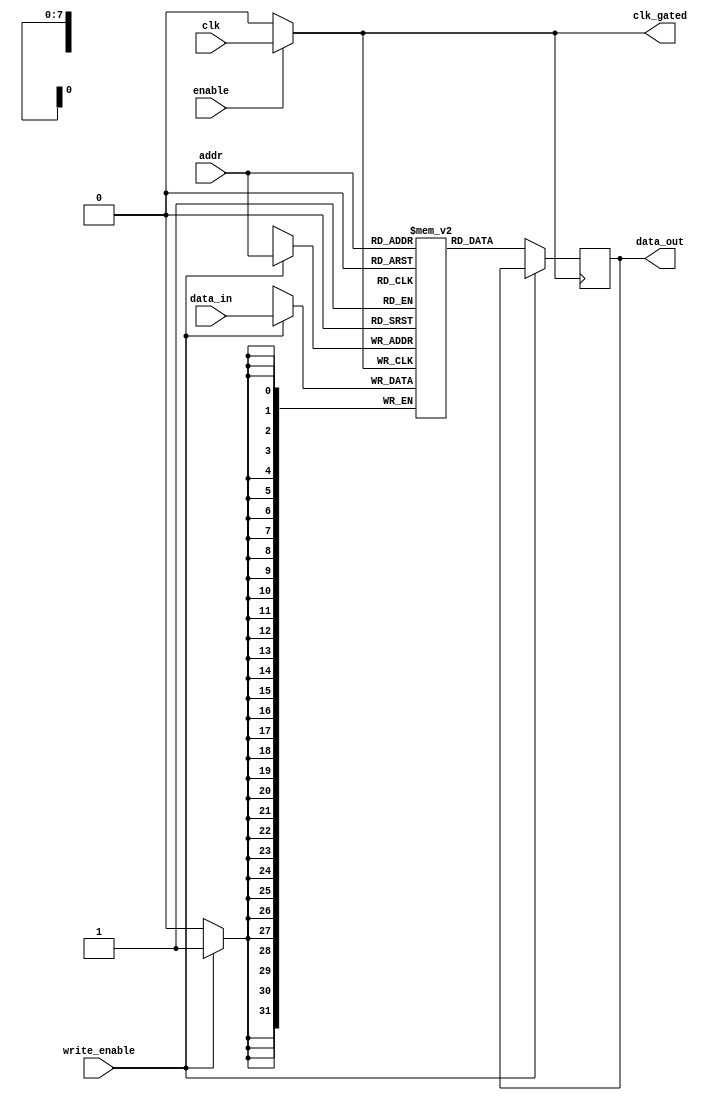
module MemoryBlock #(
    parameter ADDR_WIDTH = 8,  // Address width
    parameter DATA_WIDTH = 32,  // Data width
    parameter MEM_SIZE = 256     // Memory size (2^ADDR_WIDTH)
)(
    input wire clk,               // System clock
    input wire enable,            // Enable signal for memory block
    input wire [ADDR_WIDTH-1:0] addr, // Address for read/write
    input wire [DATA_WIDTH-1:0] data_in, // Data input for write
    input wire write_enable,      // Write enable signal
    output reg [DATA_WIDTH-1:0] data_out, // Data output for read
    output reg clk_gated          // Gated clock output
);

    // Memory array declaration
    reg [DATA_WIDTH-1:0] memory [0:MEM_SIZE-1];

    // Clock gating logic
    always @(*) begin
        if (enable) begin
            clk_gated = clk; // Pass through clock if enabled
        end else begin
            clk_gated = 1'b0; // Hold clock low if disabled
        end
    end

    // Memory operation logic
    always @(posedge clk_gated) begin
        if (write_enable) begin
            memory[addr] <= data_in; // Write operation
        end else begin
            data_out <= memory[addr]; // Read operation
        end
    end

endmodule